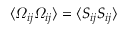
\langle \varOmega _ { i j } \varOmega _ { i j } \rangle = \langle S _ { i j } S _ { i j } \rangle